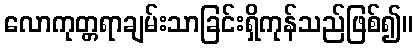
လောကုတ္တရာချမ်းသာခြင်းရှိကုန်သည်ဖြစ်၍။